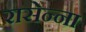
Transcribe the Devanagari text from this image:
रासेन्ना